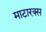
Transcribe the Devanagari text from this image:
माटारक्स